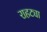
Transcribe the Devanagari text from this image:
राहट्या